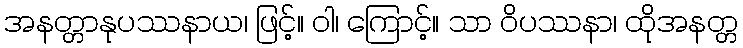
အနတ္တာနုပဿနာယ၊ ဖြင့်။ ဝါ၊ ကြောင့်။ သာ ဝိပဿနာ၊ ထိုအနတ္တ